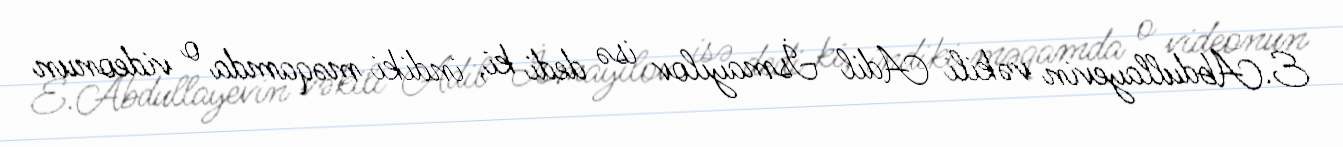
E.Abdullayevin vəkili Adil İsmayılov isə dedi ki, indiki məqamda o videonun